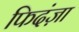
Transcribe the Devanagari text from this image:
फिदंज़ा